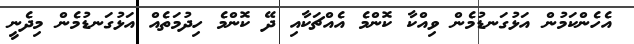
އެހެންކަމުން އަޅުގަނޑުމެން ވިއްކާ ކޮންމެ އެއްޗަކާއި ދޭ ކޮންމެ ހިދުމަތެއް އަޅުގަނޑުމެން މިދެނީ